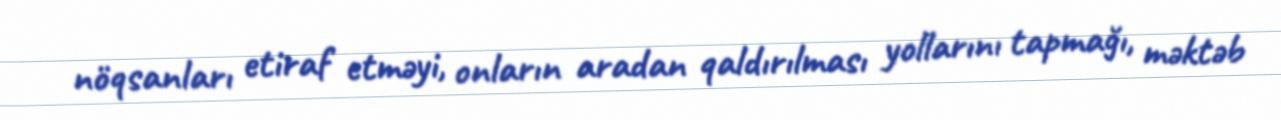
nöqsanları etiraf etməyi, onların aradan qaldırılması yollarını tapmağı, məktəb